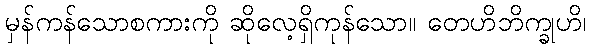
မှန်ကန်သောစကားကို ဆိုလေ့ရှိကုန်သော။ တေဟိဘိက္ခုဟိ၊